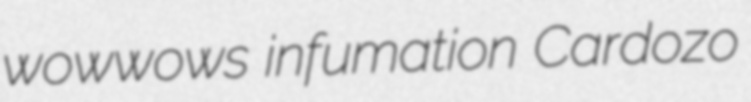
wowwows infumation Cardozo